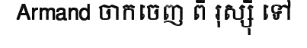
Armand ចាកចេញ ពី រុស្ស៊ី ទៅ